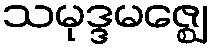
သမုဒ္ဒမဇ္ဈေ